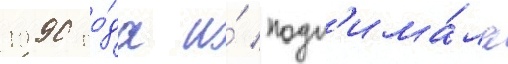
1990 го́да и́ подн'има́ла